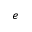
e